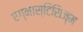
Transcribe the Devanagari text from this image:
एग्नास्टिसिज्म